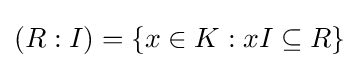
(R:I)=\{x\in K:xI\subseteq R\}